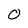
Character: O